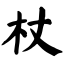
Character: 杖